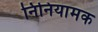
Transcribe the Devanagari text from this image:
निनियामक